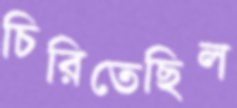
চিরিতেছিল